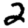
Digit: 2